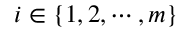
i \in \{ 1 , 2 , \cdots , m \}